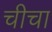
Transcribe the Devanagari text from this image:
चीचा